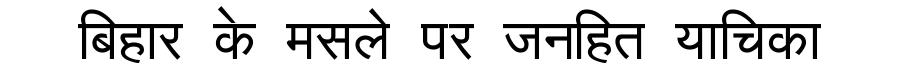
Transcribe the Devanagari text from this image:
बिहार के मसले पर जनहित याचिका